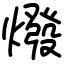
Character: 𤏋